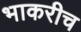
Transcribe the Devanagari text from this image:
भाकरीच